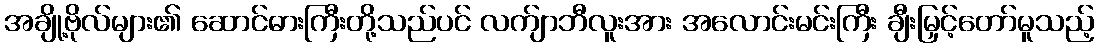
အချို့ဗိုလ်များ၏ ဆောင်ဓားကြီးတို့သည်ပင် လက်ျာဘီလူးအား အလောင်းမင်းကြီး ချီးမြှင့်တော်မူသည့်